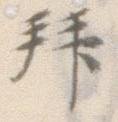
拝